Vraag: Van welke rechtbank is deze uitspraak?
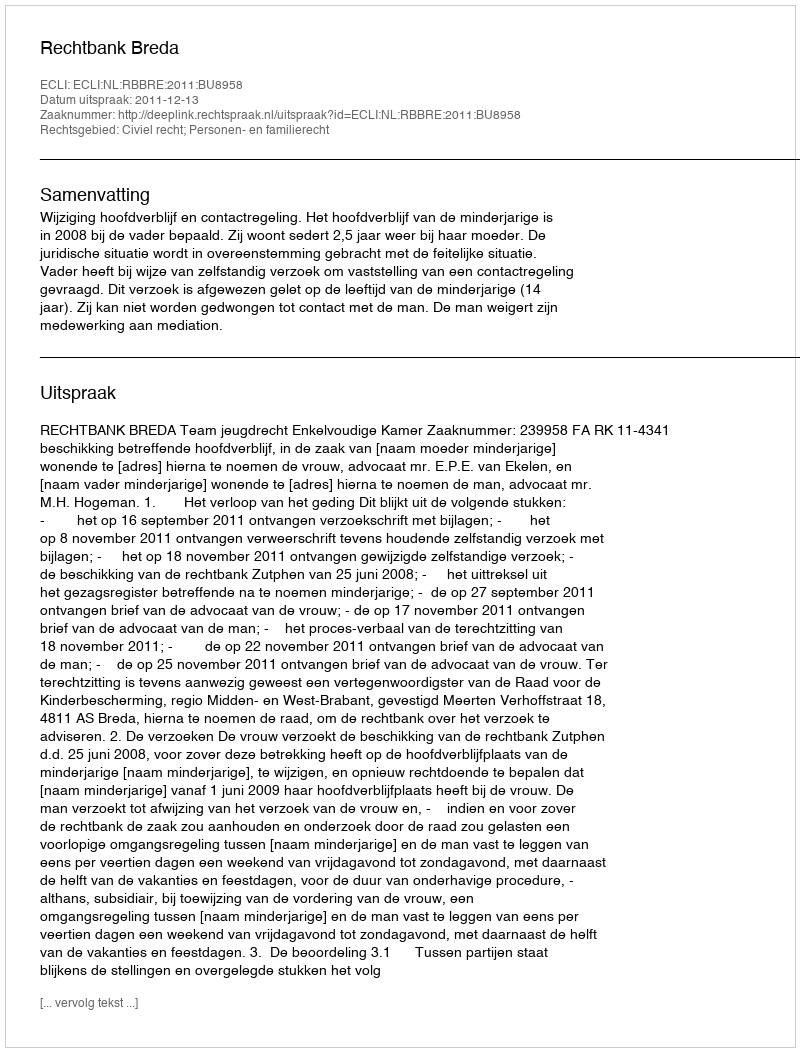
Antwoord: Rechtbank Breda